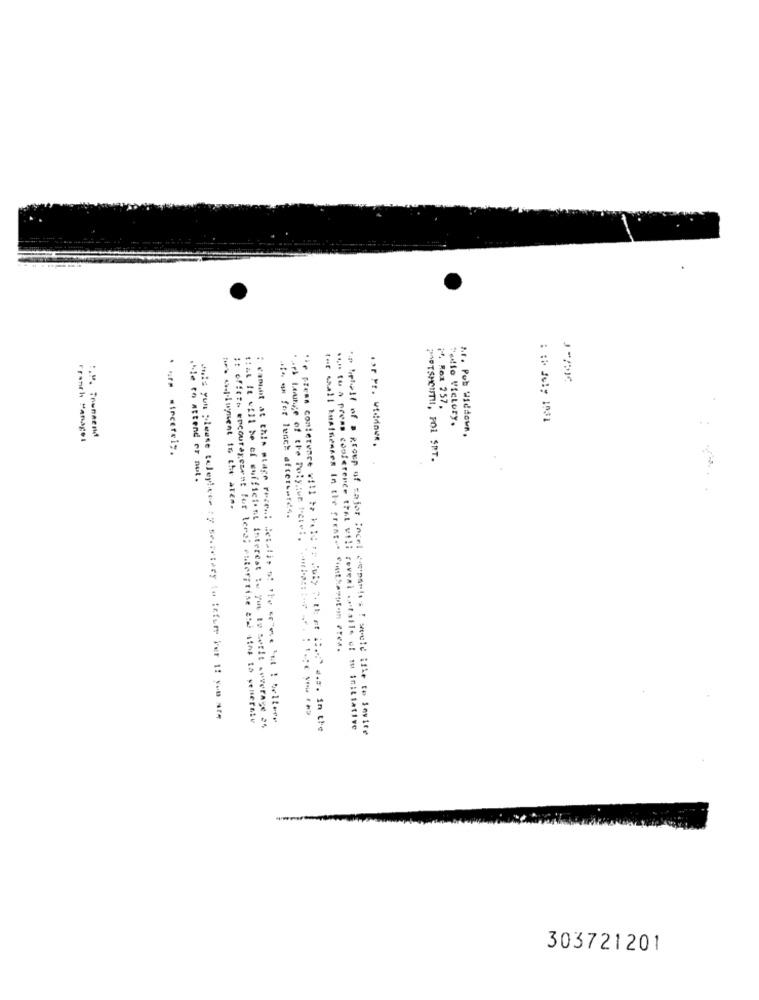
1. Rox 257.
Tedto Victory.
: : July 1931
hr. Pub Widdown,
Franch Manager
:. M. TrunRend
PASTSHOUT !!, FOL SPT.
.le to attend er nut.
is onlument to the area.
*** ** for lesch after-mfd4.
tor wall Businesses In the great. comthempotom crea.
muis yun please telephone ty secretary tu iefuer Per 1! yon ath
it offtts encouragement for teral enterprise and ains to venernie
: camadait at this mtage rezen! 211, ! 11 **** ** 1 5eller
art Lounge of the Polysor etc.
that It will be ef sufficient interest : you to awelt Coverage as
the press conference will be kele ys July ". th et il ... " a.s. in the
... to a press conference that vili reveal stalle of tu initiative
So Pplall of a group of sajor Incel departos I would ifle to invite
303721201